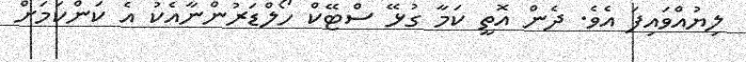
ލިޔުއްވައިފަ އެވެ. ދެން އޮތީ ކަމާ ގުޅޭ ސްޓޭކް ހޯލްޑަރުންނާއެކު އެ ކަންކަމަށް